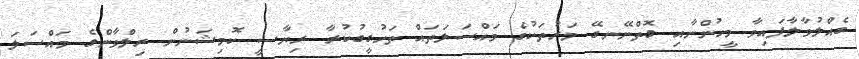
ގެއްލުވާލާފައިވާ މީހުންނާއި ގޮތްނޭނގޭ މަރުތަކުގެ މައްސަލަތައް ތަހުގީގުކުރާ ރިޔާސީ ކޮމިޝަނުން ރިލްވާންގެ މައްސަލަ